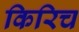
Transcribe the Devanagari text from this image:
किरिच